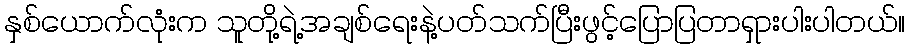
နှစ်ယောက်လုံးက သူတို့ရဲ့အချစ်ရေးနဲ့ပတ်သက်ပြီးဖွင့်ပြောပြတာရှားပါးပါတယ်။